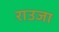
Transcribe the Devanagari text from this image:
राउजा